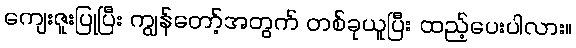
ကျေးဇူးပြုပြီး ကျွန်တော့်အတွက် တစ်ခုယူပြီး ထည့်ပေးပါလား။